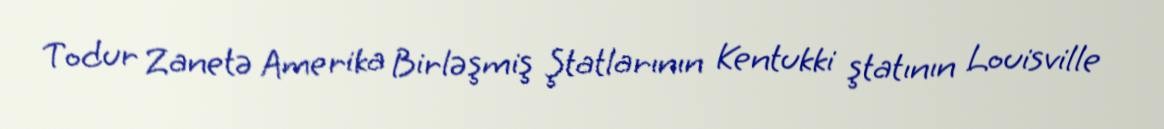
Todur Zanetə Amerika Birləşmiş Ştatlarının Kentukki ştatının Louisville